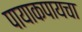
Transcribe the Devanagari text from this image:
पायाकपायचा